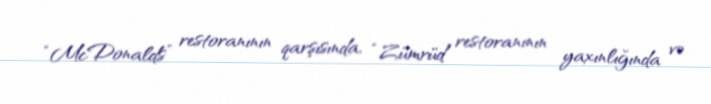
“McDonalds” restoranının qarşısında, “Zümrüd” restoranının yaxınlığında və